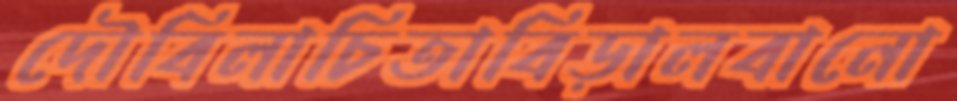
দৌবিলাচিতাবিড়ালবানো